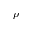
\rho